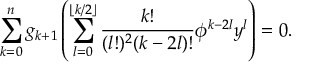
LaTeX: \sum _ { k = 0 } ^ { n } g _ { k + 1 } \left( \sum _ { l = 0 } ^ { \lfloor k / 2 \rfloor } \frac { k ! } { ( l ! ) ^ { 2 } ( k - 2 l ) ! } \phi ^ { k - 2 l } y ^ { l } \right) = 0 .